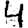
Digit: 4